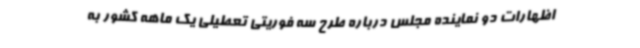
اظهارات دو نماینده مجلس درباره طرح سه فوریتی تعطیلی یک ماهه کشور به